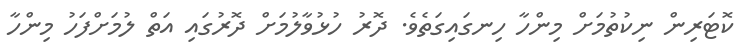
ކޮޓަރިން ނިކުތުމަށް މިންހާ ހިނގައިގަތެވެ. ދޮރު ހުޅުވާލުމަށް ދޮރުގައި އަތް ލުމަށްފަހު މިންހާ